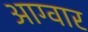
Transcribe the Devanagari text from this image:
आग्वार